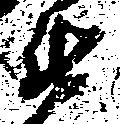
衛